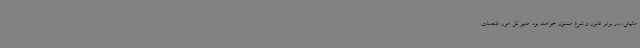
مالیاتی، در برابر قانون و شرع مسئول خواهند بود. مدیر کل امور اقتصادی